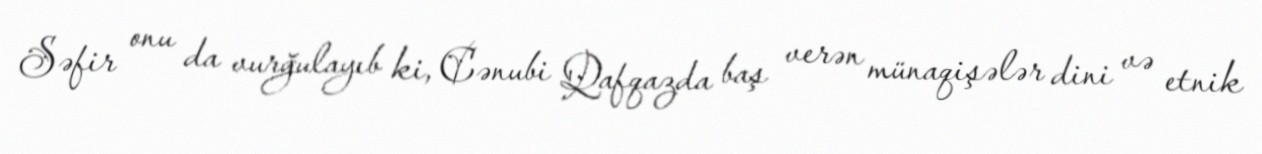
Səfir onu da vurğulayıb ki, Cənubi Qafqazda baş verən münaqişələr dini və etnik